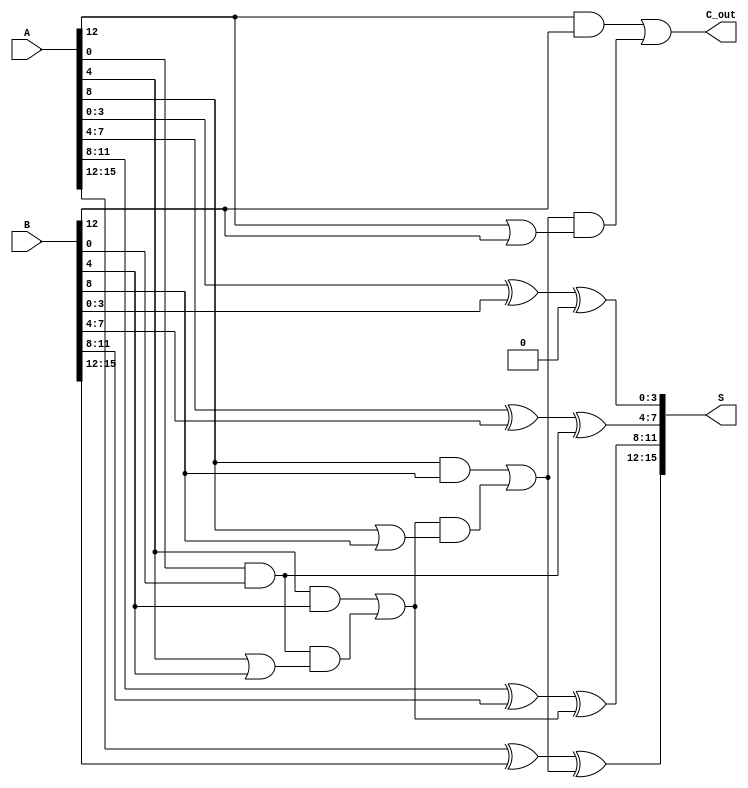
module han_carlson_adder #(
    parameter N = 16 // Total bit width (can be changed)
)(
    input  [N-1:0] A,    // First operand
    input  [N-1:0] B,    // Second operand
    output [N-1:0] S,    // Sum output
    output C_out         // Final carry out
);
    
    localparam BLOCK_SIZE = 4; // Size of each segment (4 bits)
    localparam NUM_BLOCKS = N / BLOCK_SIZE; // Number of blocks

    wire [NUM_BLOCKS-1:0] C_in;  // Carry-in for each block
    wire [NUM_BLOCKS-1:0] C_out_block; // Carry-out for each block
    wire [BLOCK_SIZE-1:0] S_block [0:NUM_BLOCKS-1]; // Sum for each block

    // Initial carry-in for the first block
    assign C_in[0] = 1'b0; // Starting carry-in is usually 0

    genvar i;
    generate
        for (i = 0; i < NUM_BLOCKS; i = i + 1) begin : block
            // Define the carry-out for the current block
            if (i == NUM_BLOCKS - 1) begin
                assign C_out_block[i] = (A[(i+1)*BLOCK_SIZE-1:i*BLOCK_SIZE] & B[(i+1)*BLOCK_SIZE-1:i*BLOCK_SIZE]) | 
                                          (C_in[i] & (A[(i+1)*BLOCK_SIZE-1:i*BLOCK_SIZE] | B[(i+1)*BLOCK_SIZE-1:i*BLOCK_SIZE]));
            end else begin
                assign C_out_block[i] = (A[(i+1)*BLOCK_SIZE-1:i*BLOCK_SIZE] & B[(i+1)*BLOCK_SIZE-1:i*BLOCK_SIZE]) | 
                                          (C_in[i] & (A[(i+1)*BLOCK_SIZE-1:i*BLOCK_SIZE] | B[(i+1)*BLOCK_SIZE-1:i*BLOCK_SIZE]));
                assign C_in[i + 1] = C_out_block[i]; // Carry out of current block to carry in of next block
            end

            // Calculate the sum for the current block
            assign S_block[i] = A[(i+1)*BLOCK_SIZE-1:i*BLOCK_SIZE] ^ B[(i+1)*BLOCK_SIZE-1:i*BLOCK_SIZE] ^ C_in[i];
        end
    endgenerate

    // Concatenate sum blocks to form the final sum output
    assign S = {S_block[NUM_BLOCKS-1], S_block[NUM_BLOCKS-2], S_block[NUM_BLOCKS-3], S_block[NUM_BLOCKS-4]};
    // Final carry out is the carry out of the last block
    assign C_out = C_out_block[NUM_BLOCKS - 1];

endmodule